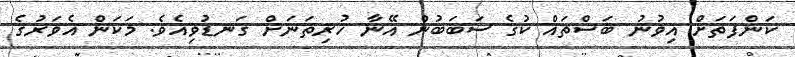
ކަންފަތަށް އިވުނު ބަސްތައް ކުގެ ސަބަބުން އޭނާ ހުރިތަނަށް ގަނޑުވިއެވެ. މަކަން އެވަރުގެ